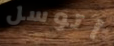
أتوسل